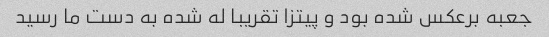
جعبه برعکس شده بود و پیتزا تقریبا له شده به دست ما رسید